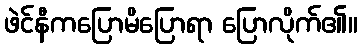
ဖဲင်နီကပြောမိပြောရာ ပြောလိုက်၏။